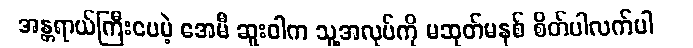
အန္တရာယ်ကြီးပေမဲ့ အေမီ ဆူးဝါက သူ့အလုပ်ကို မဆုတ်မနစ် စိတ်ပါလက်ပါ